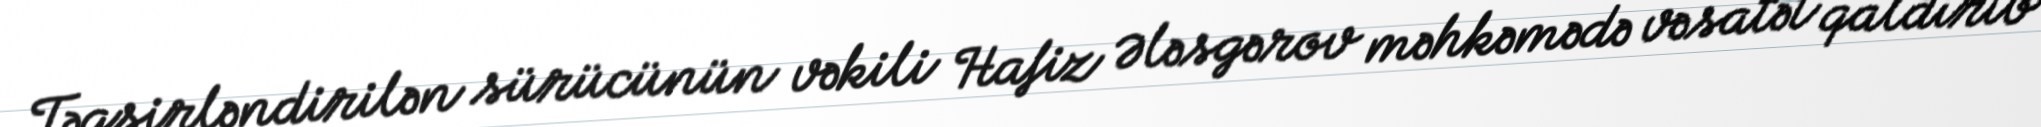
Təqsirləndirilən sürücünün vəkili Hafiz Ələsgərov məhkəmədə vəsatət qaldırıb